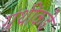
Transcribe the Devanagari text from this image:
ग्रंथींकडे